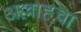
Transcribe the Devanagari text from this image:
अल्लाहचा